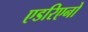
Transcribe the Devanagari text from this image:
एडरिएनो